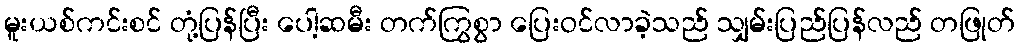
မူးယစ်ကင်းစင် တုံ့ပြန်ပြီး ပေါ့ဆမီး တက်ကြွစွာ ပြေးဝင်လာခဲ့သည် သျှမ်းပြည်ပြန်လည် တဖြုတ်